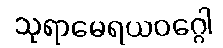
သုရာမေရယဝဂ္ဂေါ